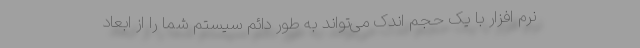
نرم افزار با یک حجم اندک می‌تواند به طور دائم سیستم شما را از ابعاد